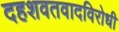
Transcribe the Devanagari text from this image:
दहशवतवादविरोधी